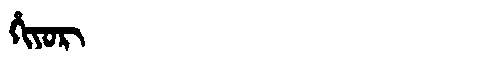
Manchu: ᡥᡳᠶᠣᡵ
Romanization: HIYOR